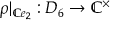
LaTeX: \rho | _ { \mathbb { C } e _ { 2 } } : D _ { 6 } \to \mathbb { C } ^ { \times }